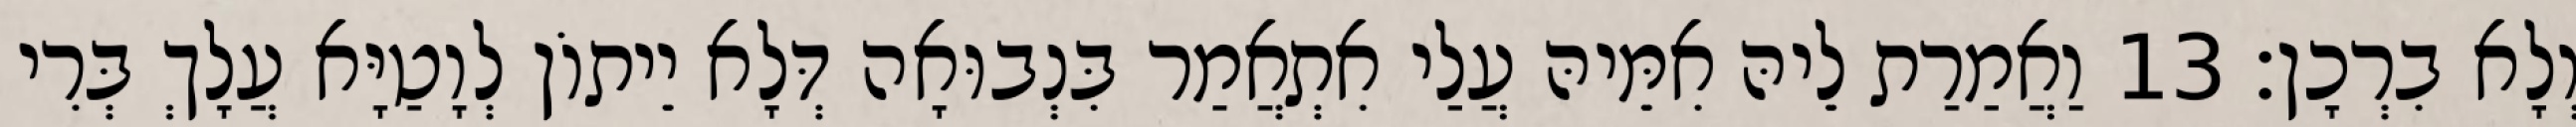
וְלָא בִרְכָן׃ 13 וַאֲמַרַת לֵיהּ אִמֵּיהּ עֲלַי אִתְאֲמַר בִּנְבוּאָה דְּלָא יֵיתוֹן לְוָטַיָּא עֲלָךְ בְּרִי